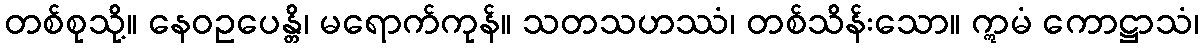
တစ်စုသို့။ နေဝဥပေန္တိ၊ မရောက်ကုန်။ သတသဟဿံ၊ တစ်သိန်းသော။ ဣမံ ကောဋ္ဌာသံ၊